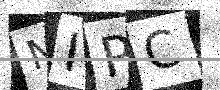
Text: NIPC